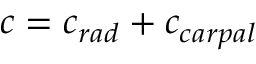
c = c _ { r a d } + c _ { c a r p a l }